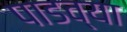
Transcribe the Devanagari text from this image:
पाडव्या